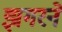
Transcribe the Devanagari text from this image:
झगरने